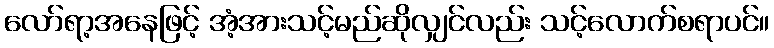
လော်ရာ့အနေဖြင့် အံ့အားသင့်မည်ဆိုလျှင်လည်း သင့်လောက်စရာပင်။